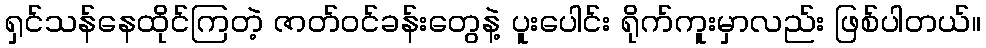
ရှင်သန်နေထိုင်ကြတဲ့ ဇာတ်ဝင်ခန်းတွေနဲ့ ပူးပေါင်း ရိုက်ကူးမှာလည်း ဖြစ်ပါတယ်။